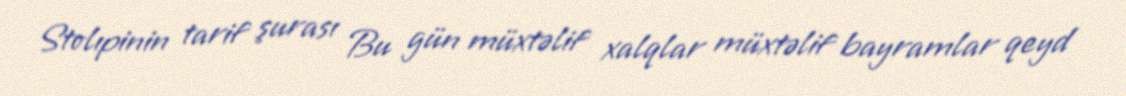
Stolıpinin tarif şurası Bu gün müxtəlif xalqlar müxtəlif bayramlar qeyd